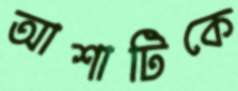
আশাটিকে